Civil Veterinary Department. Central Provinces & Berar 1925-31 - 1925-1931
Year: 1925
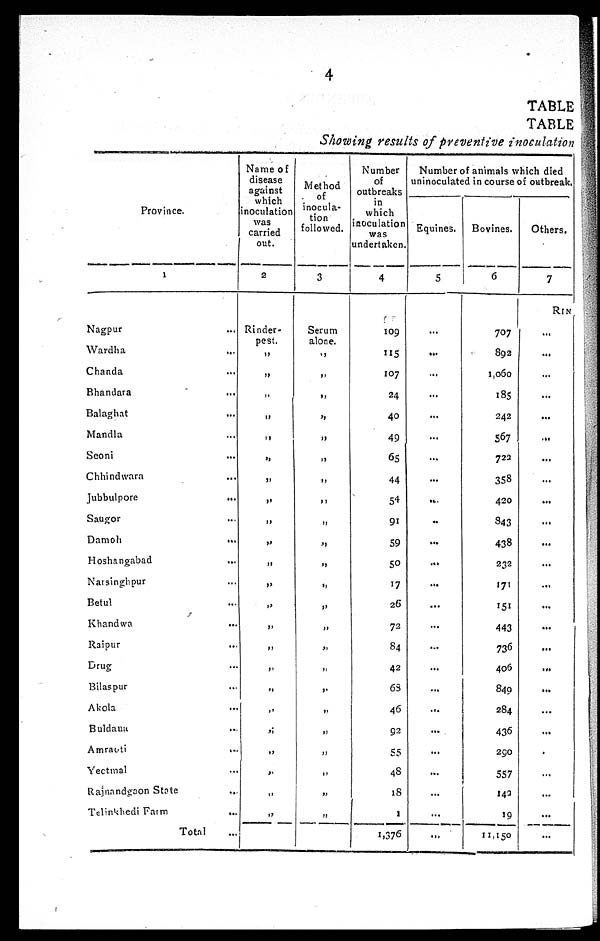
4
TABLE
TABLE
Showing results of preventive inoculation
Province.
1
Nagpur ...
Wardha
...
Chanda ...
Bhandara ...
Balaghat ...
Mandla ...
Seoni ...
Chhindwara ...
Jubbulpore ...
Saugor ...
Damoh
...
Hoshangabad
...
Narsinghpur ...
Betul ...
Khandwa ...
Raipur ...
Drug ...
Bilaspur ...
Akola ...
Buldana ...
Amraoti
...
Yeotmal ...
Rajnandgaon State
...
Telinkhedi Farm
...
Total ...
Name of
disease
against
which
inoculation
was
carried
out.
2
Rinder-
pest.
„
„
„
„
„
„
„
„
„
„
„
„
„
„
„
„
„
„
„
„
„
„
„
Method
of
inocula-
tion
followed.
3
Serum
alone.
„
„
„
„
„
„
„
„
„
„
„
„
„
„
„
„
„
„
„
„
„
„
„
Number
of
outbreaks
in
which
inoculation
was
undertaken.
4
109
115
107
24
40
49
65
44
54
91
59
50
17
26
72
84
42
68
46
92
55
48
18
1
1,376
Number of animals which died
uninoculated in course of outbreak.
Equines.
5
...
...
...
...
...
...
...
...
...
..
...
...
...
...
...
...
...
...
...
...
...
...
...
...
...
Bovines.
6
707
892
1,060
185
242
567
722
358
420
843
438
232
171
151
443
736
406
849
284
436
290
557
142
19
11,150
Others.
7
RlN
...
...
...
...
...
...
...
...
...
...
...
...
...
...
...
...
...
...
...
...
.
...
...
...
...